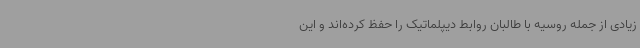
زیادی از جمله روسیه با طالبان روابط دیپلماتیک را حفظ کرده‌اند و این